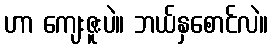
ဟာ ကျေးဇူးပဲ။ ဘယ်နှစောင်လဲ။